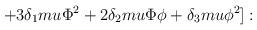
LaTeX: \begin{align*}+3 \delta_1 m u \Phi^2 +2\delta_2 m u \Phi \phi + \delta_3 mu \phi^2]:\end{align*}